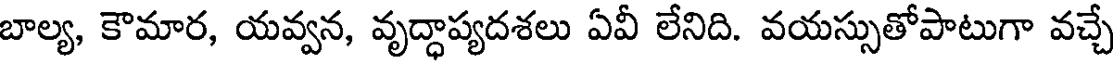
బాల్య, కౌమార, యవ్వన, వృద్ధాప్యదశలు ఏవీ లేనిది. వయస్సుతోపాటుగా వచ్చే